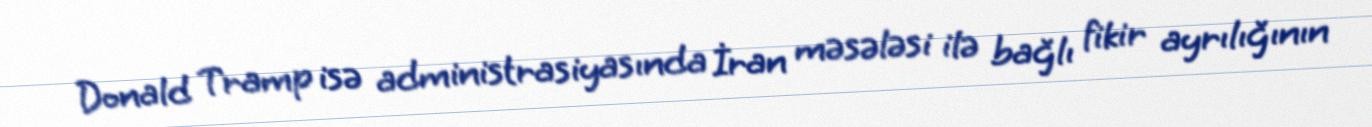
Donald Tramp isə administrasiyasında İran məsələsi ilə bağlı fikir ayrılığının